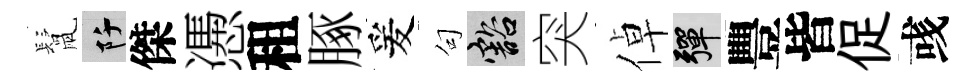
鬛阡傑慿租䐁爰句豁突倬彈豐皆促彧